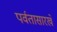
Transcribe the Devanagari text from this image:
पर्वतासारखे